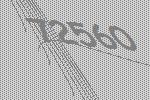
72560